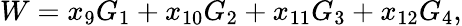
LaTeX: W=x_{9}G_{1}+x_{10}G_{2}+x_{11}G_{3}+x_{12}G_{4},